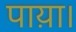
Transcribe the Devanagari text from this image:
पाय़ा।